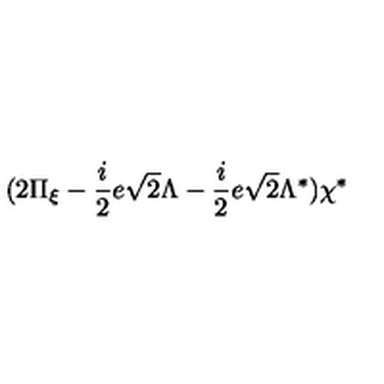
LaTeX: ( 2 \Pi _ { \xi } - \frac { i } { 2 } e \sqrt { 2 } \Lambda - \frac { i } { 2 } e \sqrt { 2 } \Lambda ^ { * } ) \chi ^ { * }